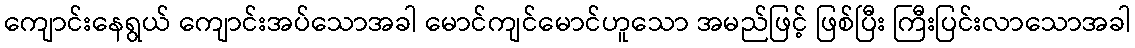
ကျောင်းနေရွယ် ကျောင်းအပ်သောအခါ မောင်ကျင်မောင်ဟူသော အမည်ဖြင့် ဖြစ်ပြီး ကြီးပြင်းလာသောအခါ